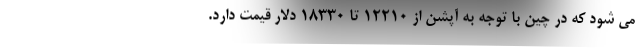
می شود که در چین با توجه به آپشن از 12210 تا 18330 دلار قیمت دارد.